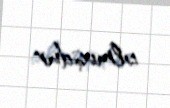
olmuşdur.